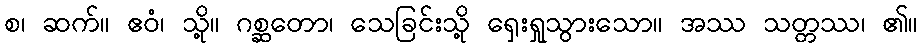
စ၊ ဆက်။ ဧဝံ၊ သို့။ ဂစ္ဆတော၊ သေခြင်းသို့ ရှေးရှုသွားသော။ အဿ သတ္တဿ၊ ၏။